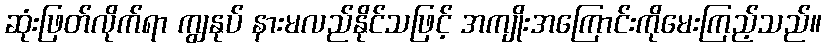
ဆုံးဖြတ်လိုက်ရာ ကျွနုပ် နားမလည်နိုင်သဖြင့် အကျိုးအကြောင်းကိုမေးကြည့်သည်။